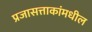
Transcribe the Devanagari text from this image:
प्रजासत्ताकांमधील